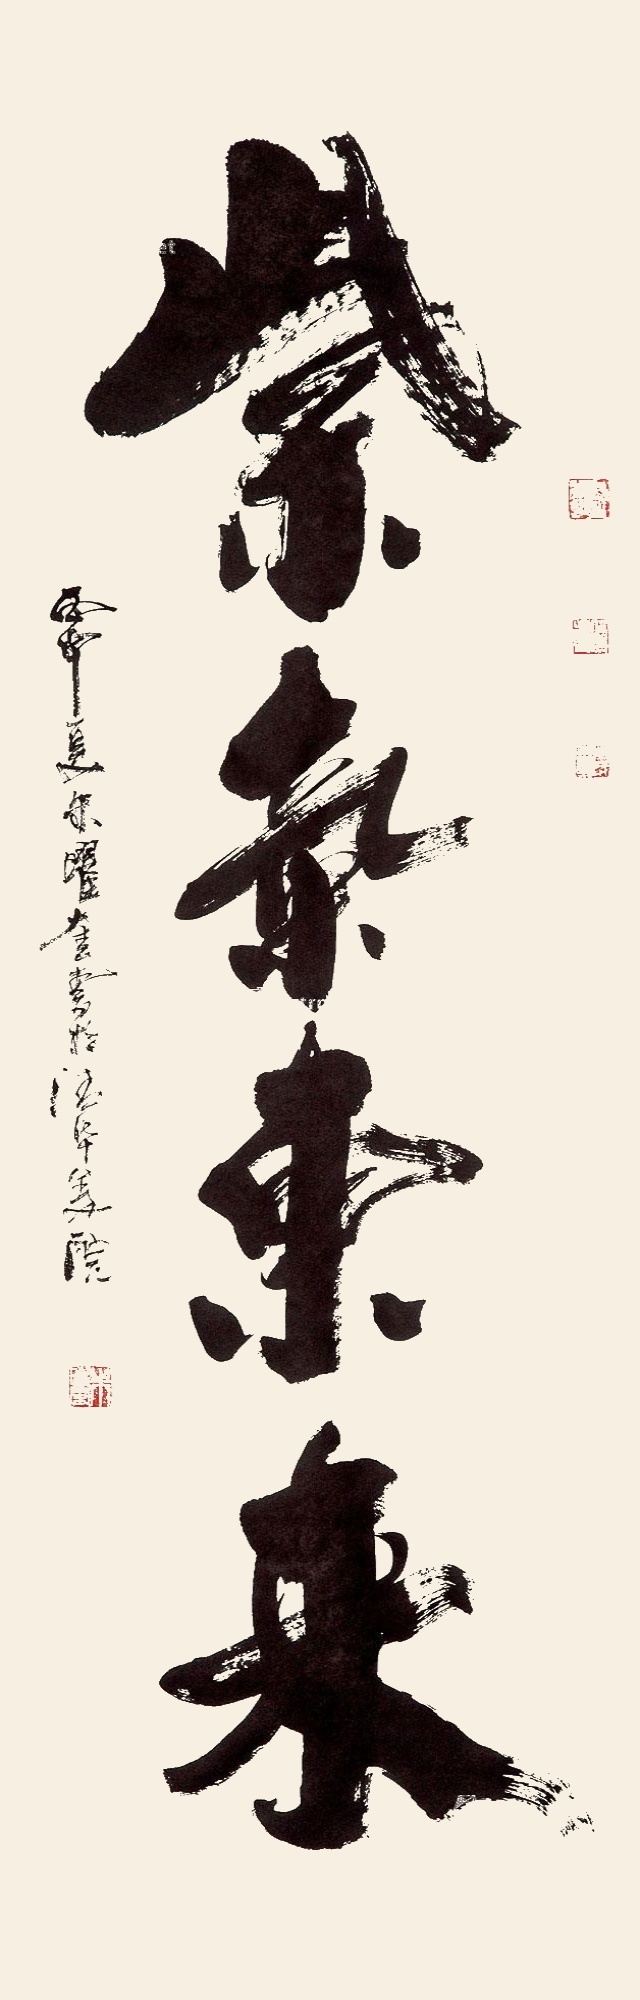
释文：紫气东来丙申夏，朱曜奎书于清华美院。